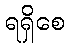
ရရှိစေ